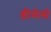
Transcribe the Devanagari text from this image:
डीमेलो